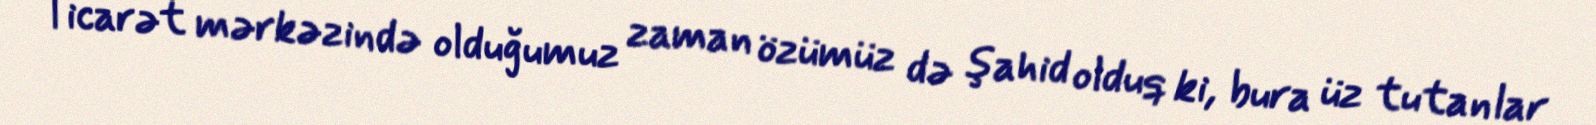
Ticarət mərkəzində olduğumuz zaman özümüz də şahid olduq ki, bura üz tutanlar